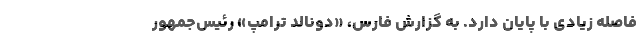
فاصله زیادی با پایان دارد. به گزارش فارس، «دونالد ترامپ» رئیس‌جمهور